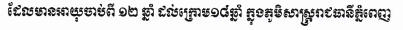
ដែលមានអាយុចាប់ពី ១២ ឆ្នាំ ដល់ក្រោម១៨ឆ្នាំ ក្នុងភូមិសាស្រ្តរាជធានីភ្នំពេញ